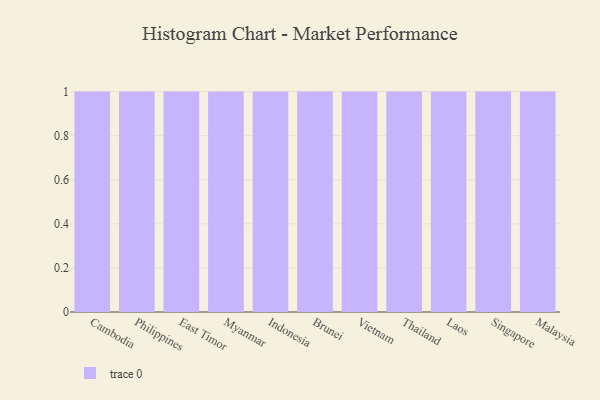
{"axis": {"x": "Country", "y": "Demand Index"}, "legend": [""], "data": [{"x": "Cambodia", "y": 36, "type": ""}, {"x": "Philippines", "y": 37, "type": ""}, {"x": "East Timor", "y": 44, "type": ""}, {"x": "Myanmar", "y": 98, "type": ""}, {"x": "Indonesia", "y": 28, "type": ""}, {"x": "Brunei", "y": 76, "type": ""}, {"x": "Vietnam", "y": 24, "type": ""}, {"x": "Thailand", "y": 62, "type": ""}, {"x": "Laos", "y": 82, "type": ""}, {"x": "Singapore", "y": 91, "type": ""}, {"x": "Malaysia", "y": 91, "type": ""}]}